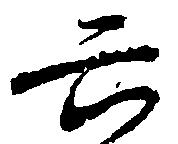
六